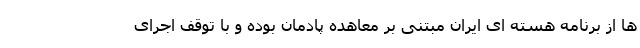
ها از برنامه هسته ای ایران مبتنی بر معاهده پادمان بوده و با توقف اجرای